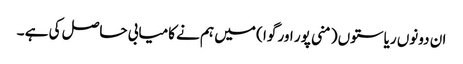
ان دونوں ریاستوں ( منی پور اور گوا ) میں ہم نے کامیابی حاصل کی ہے ۔